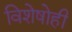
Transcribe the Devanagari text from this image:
विशेषोही